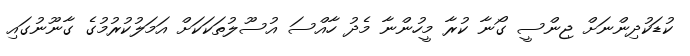
ކުޑަކުދިންނަށް ޖިންސީ ގޯނާ ކުރާ މީހުންނާ މެދު ހާއްސަ އުސޫލުތަކަކަށް އަމަލުކުރުމުގެ ގާނޫނުގައި